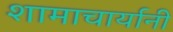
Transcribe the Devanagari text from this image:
शामाचार्यानी